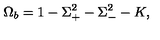
\Omega _ { b } = 1 - \Sigma _ { + } ^ { 2 } - \Sigma _ { - } ^ { 2 } - K ,